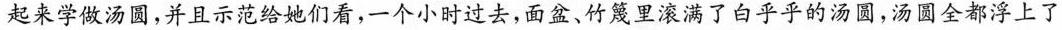
起来学做汤圆，并且示范给她们看，一个小时过去，面盆、竹篾里滚满了白乎乎的汤圆，汤圆全都浮上了